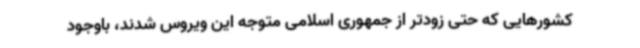
کشورهایی که حتی زودتر از جمهوری اسلامی متوجه این ویروس شدند، باوجود